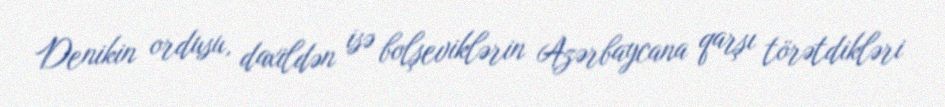
Denikin ordusu, daxildən isə bolşeviklərin Azərbaycana qarşı törətdikləri